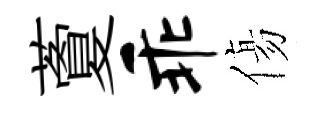
藑乖傷